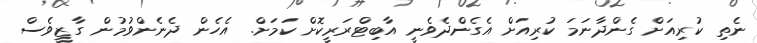
ނެތި ކުރިއަށް ގެންދާނަމަ ކުރިއަށް އެގެންދެވެނީ އާބިޓްރަރީކޮށް ކަމަށް. އެހެން ދެނެންވުމުން ގާޒީވެސް